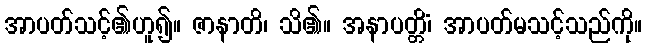
အာပတ်သင့်၏ဟူ၍။ ဇာနာတိ၊ သိ၏။ အနာပတ္တိံ၊ အာပတ်မသင့်သည်ကို။